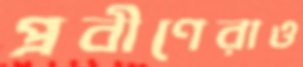
প্রবীণেরাও